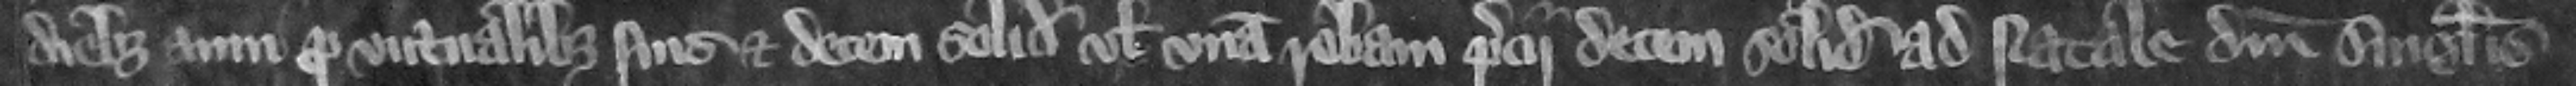
diebus anni pro victualibus suis et decem solidos vel vnam robam preci decem solidorum ad Natale Domini singulis